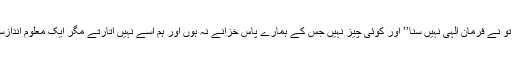
کیا تو نے فرمانِ الٰہی نہیں سُنا’’ اور کوئی چیز نہیں جس کے ہمارے پاس خزانے نہ ہوں اور ہم اسے نہیں اُتارتے مگر ایک معلوم اندازسے۔